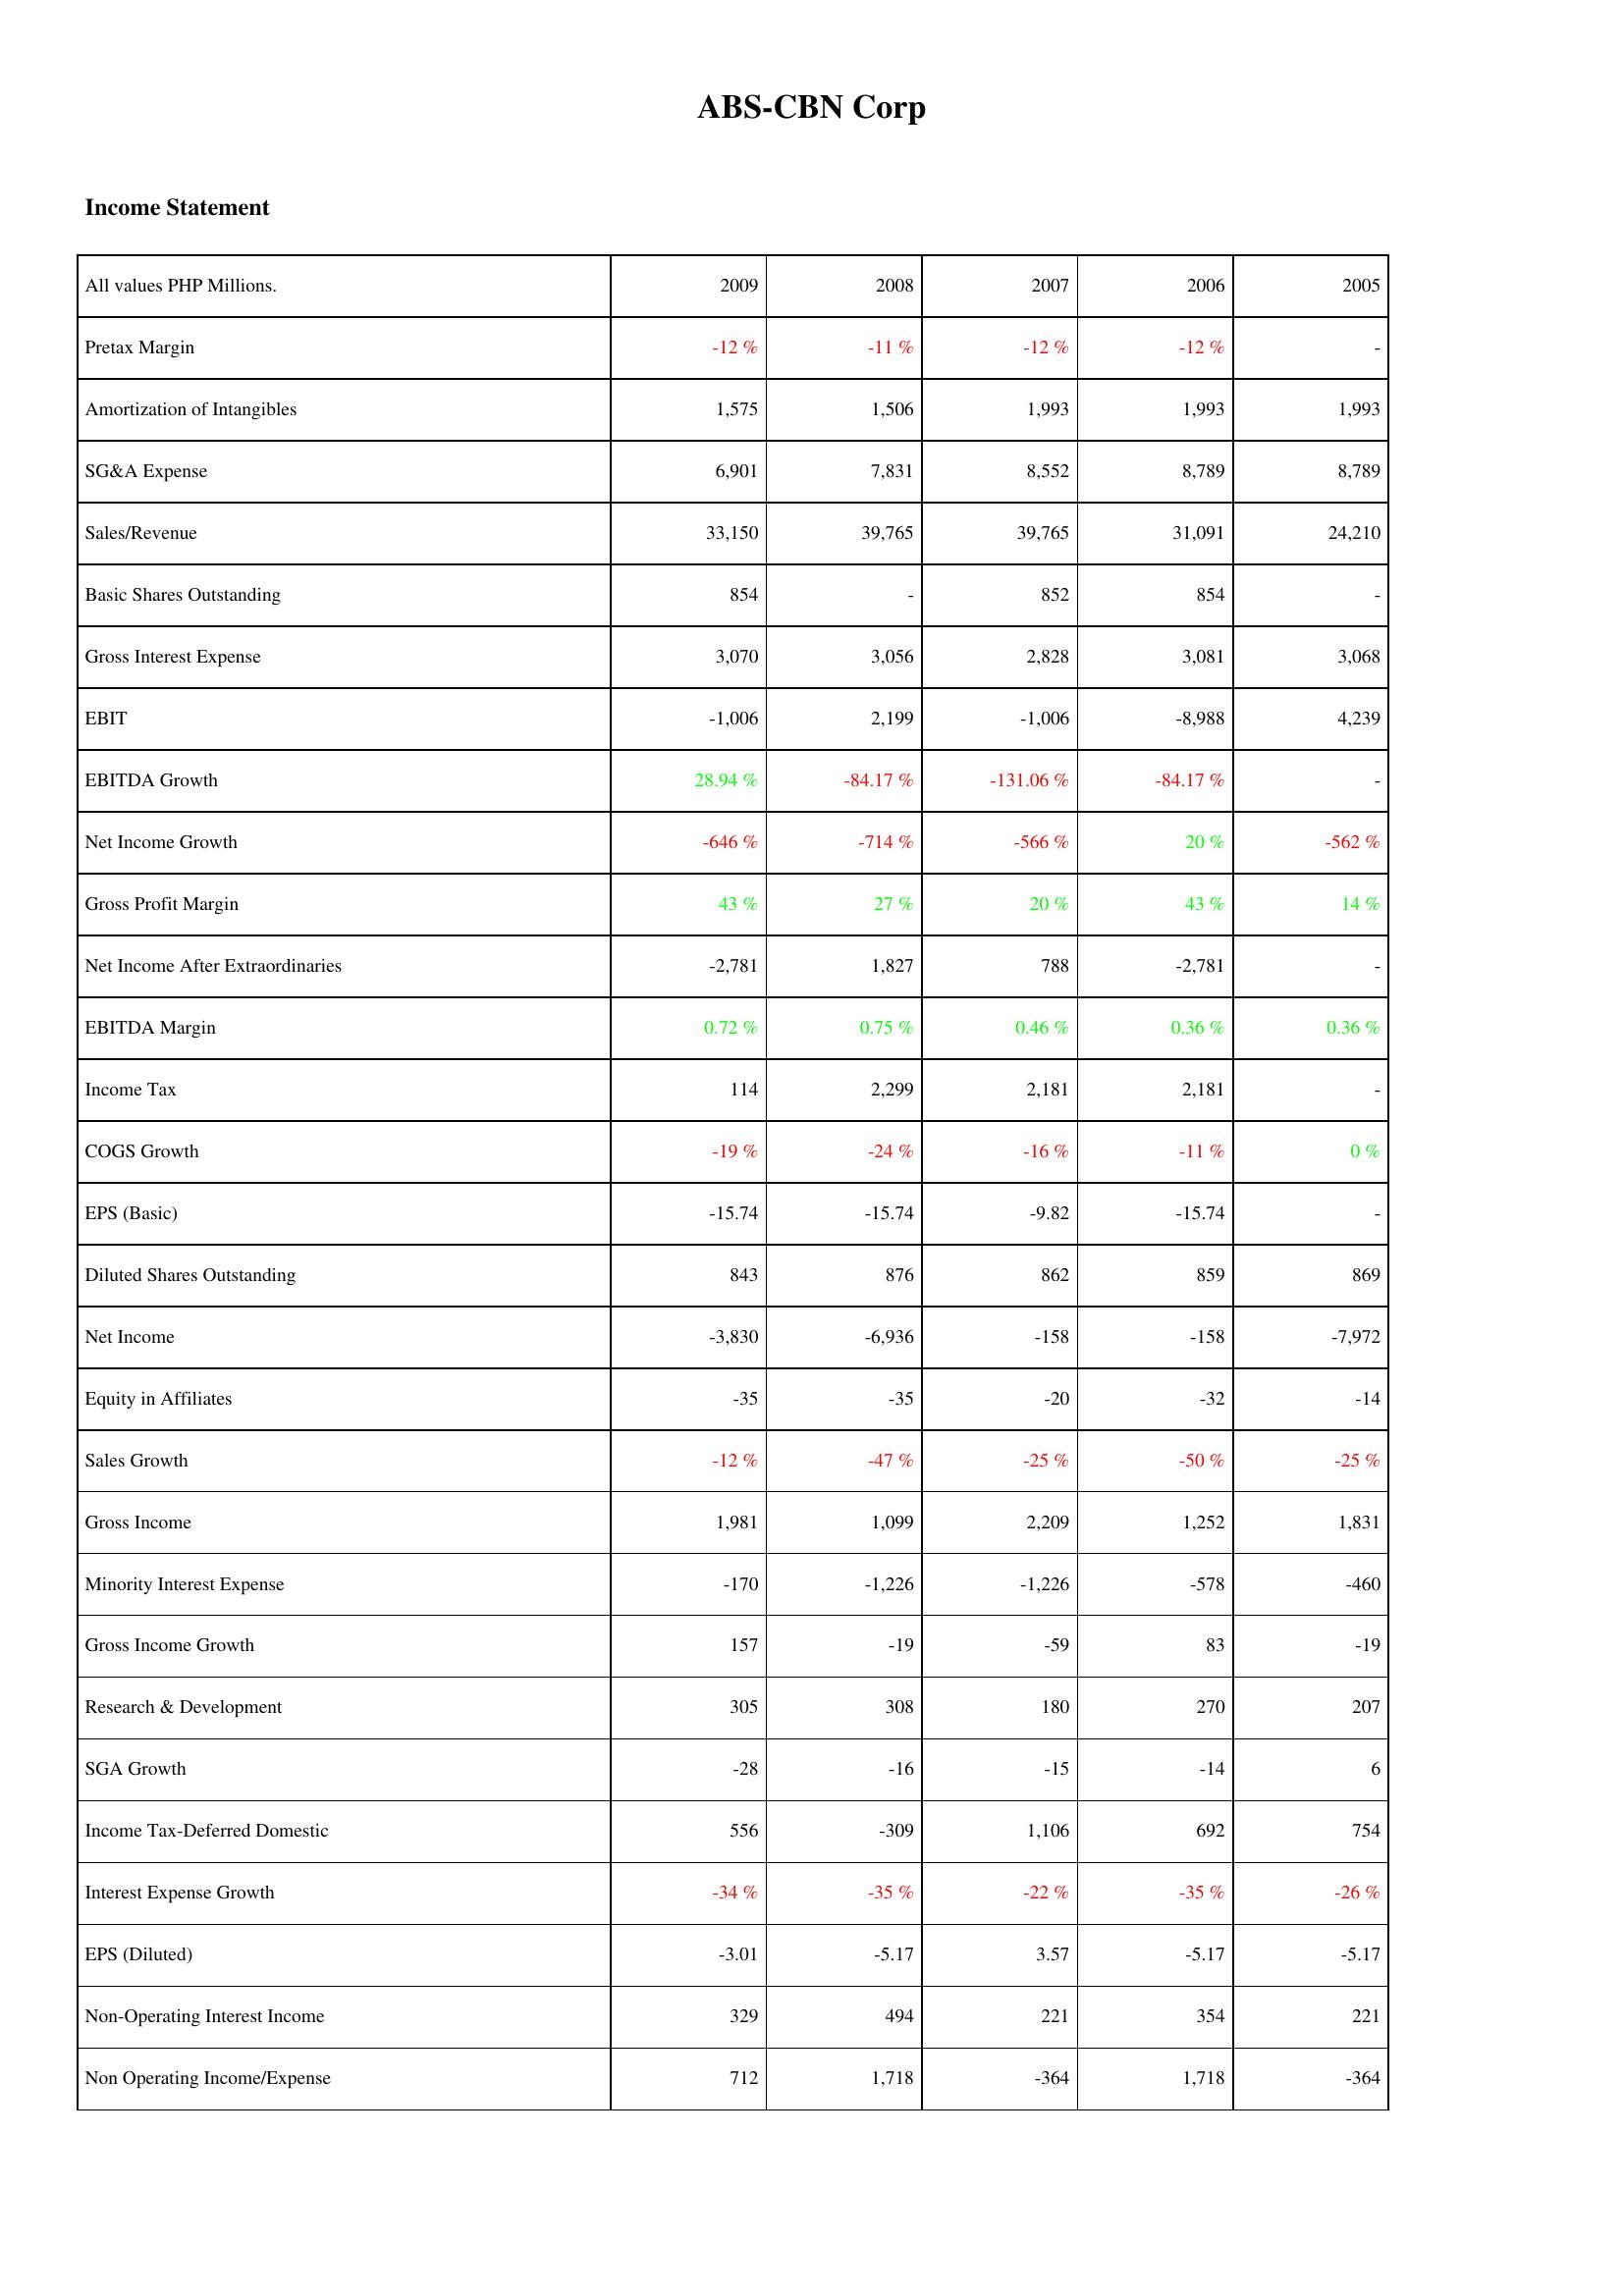
2009: Income Statement: Pretax Margin: -12 %
Amortization of Intangibles: 1,575
SG&A Expense: 6,901
Sales/Revenue: 33,150
Basic Shares Outstanding: 854
Gross Interest Expense: 3,070
EBIT: -1,006
EBITDA Growth: 28.94 %
Net Income Growth: -646 %
Gross Profit Margin: 43 %
Net Income After Extraordinaries: -2,781
EBITDA Margin: 0.72 %
Income Tax: 114
COGS Growth: -19 %
EPS (Basic): -15.74
Diluted Shares Outstanding: 843
Net Income: -3,830
Equity in Affiliates: -35
Sales Growth: -12 %
Gross Income: 1,981
Minority Interest Expense: -170
Gross Income Growth: 157
Research & Development: 305
SGA Growth: -28
Income Tax-Deferred Domestic: 556
Interest Expense Growth: -34 %
EPS (Diluted): -3.01
Non-Operating Interest Income: 329
Non Operating Income/Expense: 712
2008: Income Statement: Pretax Margin: -11 %
Amortization of Intangibles: 1,506
SG&A Expense: 7,831
Sales/Revenue: 39,765
Basic Shares Outstanding: -
Gross Interest Expense: 3,056
EBIT: 2,199
EBITDA Growth: -84.17 %
Net Income Growth: -714 %
Gross Profit Margin: 27 %
Net Income After Extraordinaries: 1,827
EBITDA Margin: 0.75 %
Income Tax: 2,299
COGS Growth: -24 %
EPS (Basic): -15.74
Diluted Shares Outstanding: 876
Net Income: -6,936
Equity in Affiliates: -35
Sales Growth: -47 %
Gross Income: 1,099
Minority Interest Expense: -1,226
Gross Income Growth: -19
Research & Development: 308
SGA Growth: -16
Income Tax-Deferred Domestic: -309
Interest Expense Growth: -35 %
EPS (Diluted): -5.17
Non-Operating Interest Income: 494
Non Operating Income/Expense: 1,718
2007: Income Statement: Pretax Margin: -12 %
Amortization of Intangibles: 1,993
SG&A Expense: 8,552
Sales/Revenue: 39,765
Basic Shares Outstanding: 852
Gross Interest Expense: 2,828
EBIT: -1,006
EBITDA Growth: -131.06 %
Net Income Growth: -566 %
Gross Profit Margin: 20 %
Net Income After Extraordinaries: 788
EBITDA Margin: 0.46 %
Income Tax: 2,181
COGS Growth: -16 %
EPS (Basic): -9.82
Diluted Shares Outstanding: 862
Net Income: -158
Equity in Affiliates: -20
Sales Growth: -25 %
Gross Income: 2,209
Minority Interest Expense: -1,226
Gross Income Growth: -59
Research & Development: 180
SGA Growth: -15
Income Tax-Deferred Domestic: 1,106
Interest Expense Growth: -22 %
EPS (Diluted): 3.57
Non-Operating Interest Income: 221
Non Operating Income/Expense: -364
2006: Income Statement: Pretax Margin: -12 %
Amortization of Intangibles: 1,993
SG&A Expense: 8,789
Sales/Revenue: 31,091
Basic Shares Outstanding: 854
Gross Interest Expense: 3,081
EBIT: -8,988
EBITDA Growth: -84.17 %
Net Income Growth: 20 %
Gross Profit Margin: 43 %
Net Income After Extraordinaries: -2,781
EBITDA Margin: 0.36 %
Income Tax: 2,181
COGS Growth: -11 %
EPS (Basic): -15.74
Diluted Shares Outstanding: 859
Net Income: -158
Equity in Affiliates: -32
Sales Growth: -50 %
Gross Income: 1,252
Minority Interest Expense: -578
Gross Income Growth: 83
Research & Development: 270
SGA Growth: -14
Income Tax-Deferred Domestic: 692
Interest Expense Growth: -35 %
EPS (Diluted): -5.17
Non-Operating Interest Income: 354
Non Operating Income/Expense: 1,718
2005: Income Statement: Pretax Margin: -
Amortization of Intangibles: 1,993
SG&A Expense: 8,789
Sales/Revenue: 24,210
Basic Shares Outstanding: -
Gross Interest Expense: 3,068
EBIT: 4,239
EBITDA Growth: -
Net Income Growth: -562 %
Gross Profit Margin: 14 %
Net Income After Extraordinaries: -
EBITDA Margin: 0.36 %
Income Tax: -
COGS Growth: 0 %
EPS (Basic): -
Diluted Shares Outstanding: 869
Net Income: -7,972
Equity in Affiliates: -14
Sales Growth: -25 %
Gross Income: 1,831
Minority Interest Expense: -460
Gross Income Growth: -19
Research & Development: 207
SGA Growth: 6
Income Tax-Deferred Domestic: 754
Interest Expense Growth: -26 %
EPS (Diluted): -5.17
Non-Operating Interest Income: 221
Non Operating Income/Expense: -364